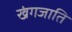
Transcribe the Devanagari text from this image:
खंगजाति